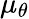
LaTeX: \mu_{\theta}